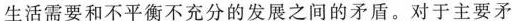
生活需要和不平衡不充分的发展之间的矛盾。对于主要矛